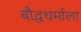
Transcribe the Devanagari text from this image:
बौद्धधर्माला